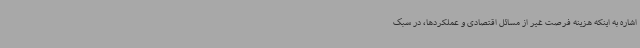
اشاره به اینکه هزینه فرصت غیر از مسائل اقتصادی و عملکردها، در سبک